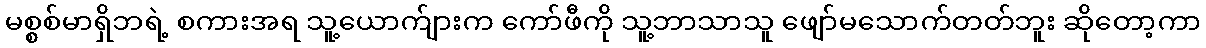
မစ္စစ်မာရှိဘရဲ့ စကားအရ သူ့ယောက်ျားက ကော်ဖီကို သူ့ဘာသာသူ ဖျော်မသောက်တတ်ဘူး ဆိုတော့ကာ